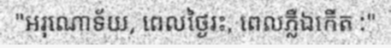
"អរុណោទ័យ, ពេលថ្ងៃរះ, ពេលភ្លឺឯកើត :"